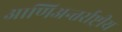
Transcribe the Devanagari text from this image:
आणिअन्तर्राष्ट्रीय